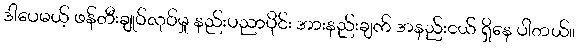
ဒါပေမယ့် ဖန်တီးချုပ်လုပ်မှု နည်းပညာပိုင်း အားနည်းချက် အနည်းငယ် ရှိနေ ပါတယ်။